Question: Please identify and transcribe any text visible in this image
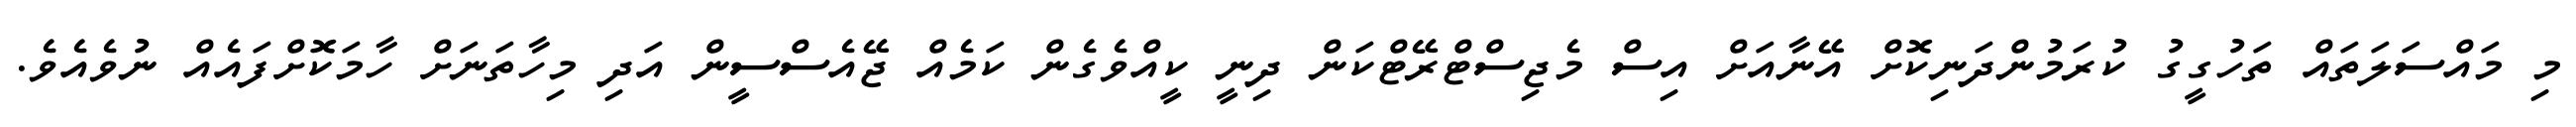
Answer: މި މައްސަލަތައް ތަހުގީގު ކުރަމުންދަނިކޮށް އޭނާއަށް އިސް މެޖިސްޓްރޭޓްކަން ދިނީ ކީއްވެގެން ކަމެއް ޖޭއެސްސީން އަދި މިހާތަނަށް ހާމަކޮށްފައެއް ނުވެއެވެ.